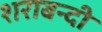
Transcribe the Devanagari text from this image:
शराबन्दी